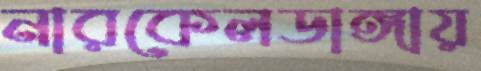
নারকেলডাঙ্গায়